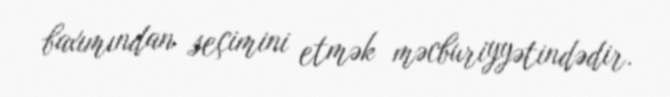
baxımından seçimini etmək məcburiyyətindədir.